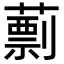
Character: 𦾑